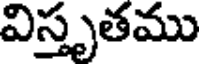
విస్తృతము